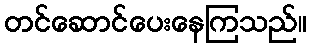
တင်ဆောင်ပေးနေကြသည်။